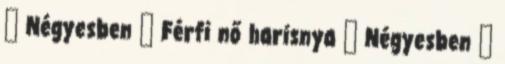
▪ Négyesben ▪ Férfi nő harisnya ▪ Négyesben ▪